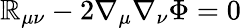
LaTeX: \mathbb{R}_{\mu\nu}-2\nabla_{\mu}\nabla_{\nu}\Phi=0